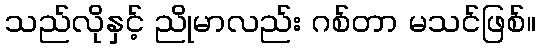
သည်လိုနှင့် ညိုမာလည်း ဂစ်တာ မသင်ဖြစ်။